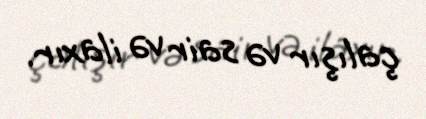
çalışır və sair və ilaxır.